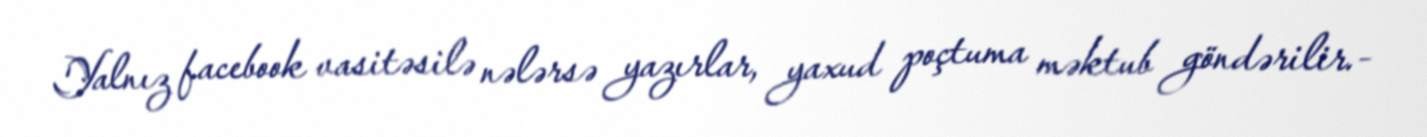
Yalnız facebook vasitəsilə nələrsə yazırlar, yaxud poçtuma məktub göndərilir.-